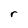
Character: r